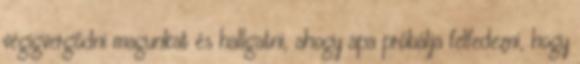
végigvergődni magunkat és hallgatni, ahogy apa próbálja felfedezni, hogy